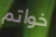
خواتم